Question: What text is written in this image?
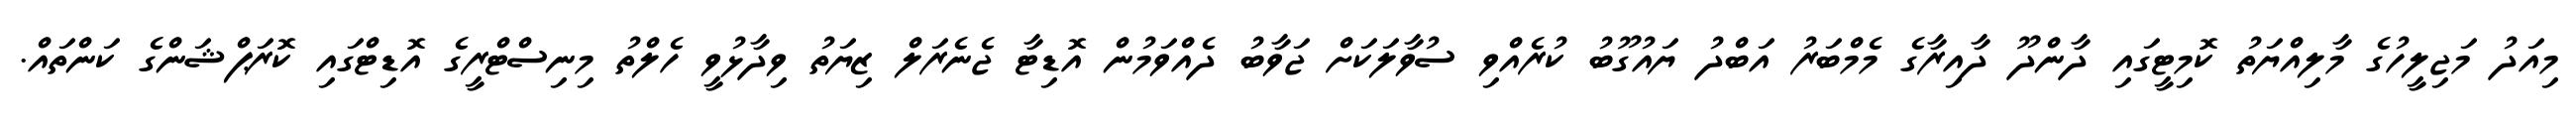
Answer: މިއަދު މަޖިލީހުގެ މާލިއްޔަތު ކޮމިޓީގައި ދާންދޫ ދާއިރާގެ މެމްބަރު އަބްދު ޔައުގޫބު ކުރެއްވި ސުވާލަކަށް ޖަވާބު ދެއްވަމުން އޮޑިޓާ ޖެނެރަލް ޒިޔަތު ވިދާޅުވީ ހެލްތު މިނިސްޓްރީގެ އޮޑިޓްގައި ކޮރަޕްޝަންގެ ކަންތައް.